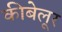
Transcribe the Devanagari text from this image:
कीबेलूर